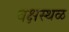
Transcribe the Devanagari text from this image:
वक्षस्थळ